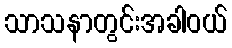
သာသနာတွင်းအခါဝယ်